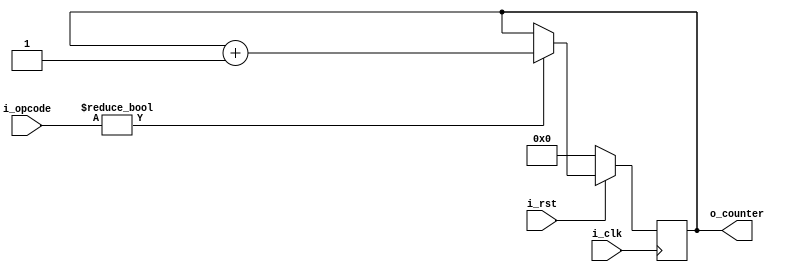
`timescale 1ns / 1ps
//////////////////////////////////////////////////////////////////////////////////
// Company: 
// Engineer: 
// 
// Design Name: 
// Module Name: count_clock
// Project Name: 
// Target Devices: 
// Tool Versions: 
// Description: 
// 
// Dependencies: 
// 
// Revision:
// Revision 0.01 - File Created
// Additional Comments:
// 
//////////////////////////////////////////////////////////////////////////////////


module count_clock
#(
    parameter NB_OPCODE = 5,
    parameter NB_ADDR = 11
)
(
    input i_clk,
    input i_rst,
    input [NB_OPCODE-1:0] i_opcode,
    output reg [NB_ADDR-1:0] o_counter
);

always @(posedge i_clk)
begin
    if(!i_rst)
        o_counter <= 1'b0;
    else if(i_opcode != 0)
        o_counter <= o_counter + 1'b1;
    else
        o_counter <= o_counter;
end
endmodule